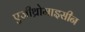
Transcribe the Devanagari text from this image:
एज़ीथ्रोमाइसीन